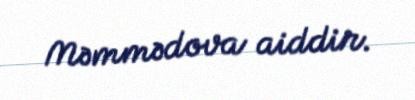
Məmmədova aiddir.